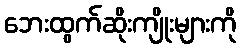
ဘေးထွက်ဆိုးကျိုးများကို